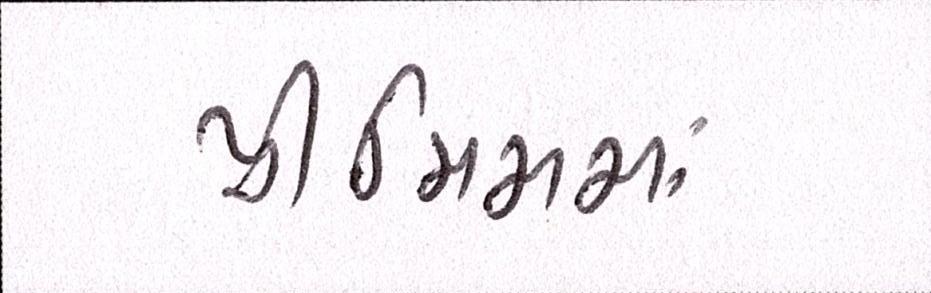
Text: પ્રીમિમમાં